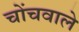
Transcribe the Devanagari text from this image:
चोंचवाले